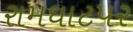
રામઘાટપર